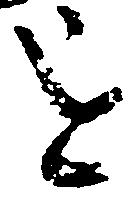
を